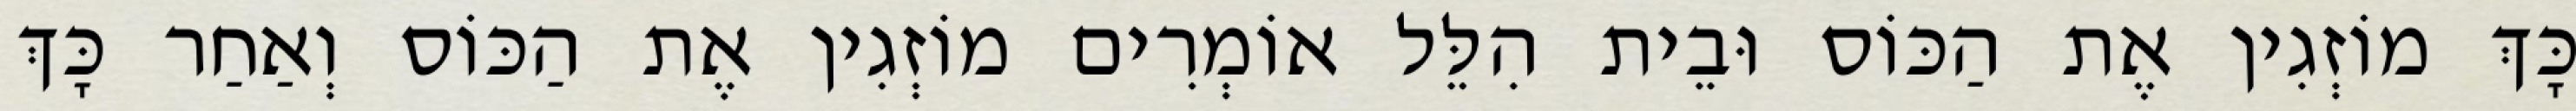
כָּךְ מוֹזְגִין אֶת הַכּוֹס וּבֵית הִלֵּל אוֹמְרִים מוֹזְגִין אֶת הַכּוֹס וְאַחַר כָּךְ